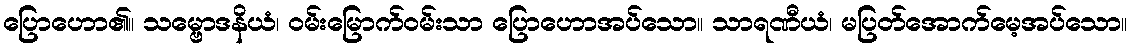
ပြောဟော၏။ သမ္ဗောဒနိယံ၊ ဝမ်းမြောက်ဝမ်းသာ ပြောဟောအပ်သော။ သာရဏီယံ၊ မပြတ်အောက်မေ့အပ်သော။